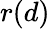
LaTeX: r(d)